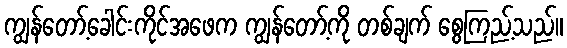
ကျွန်တော့်ခေါင်းကိုင်အဖေက ကျွန်တော့်ကို တစ်ချက် စွေကြည့်သည်။